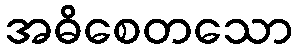
အဓိစေတသော